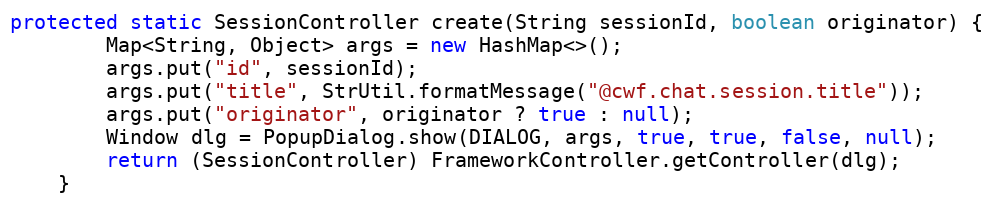
Language: Java
protected static SessionController create(String sessionId, boolean originator) {
        Map<String, Object> args = new HashMap<>();
        args.put("id", sessionId);
        args.put("title", StrUtil.formatMessage("@cwf.chat.session.title"));
        args.put("originator", originator ? true : null);
        Window dlg = PopupDialog.show(DIALOG, args, true, true, false, null);
        return (SessionController) FrameworkController.getController(dlg);
    }